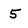
Character: 5